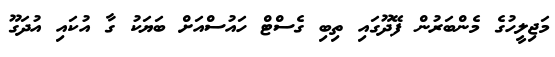
މަޖިލީހުގެ މެންބަރުން ފޭދޫގައި ތިބި ގެސްޓް ހައުސްއަށް ބަޔަކު ގާ އުކައި އުދަގޫ